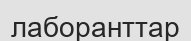
лаборанттар